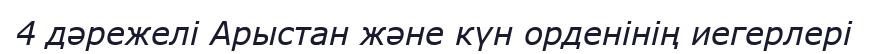
4 дәрежелі Арыстан және күн орденінің иегерлері